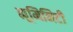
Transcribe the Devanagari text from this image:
ह्यूमिनिटी